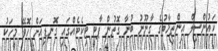
ކައުންސިލް އިންތިޚާބުގެ ގާނޫނު ބުނާ ގޮތުން ޕާޓީ ޓިކެޓެއްގައި ގޮނޑިއަށް ހޮވޭ މީހަކު